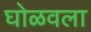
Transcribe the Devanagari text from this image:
घोळवला